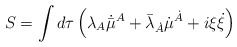
\begin{align*}S = \int d\tau \left( \lambda_{A}\dot{\bar{\mu}}^{A} +\bar{\lambda}_{\dot{A}}\dot{{\mu}}^{\dot{A}} + i \xi \dot{\xi}\right)\end{align*}